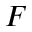
F